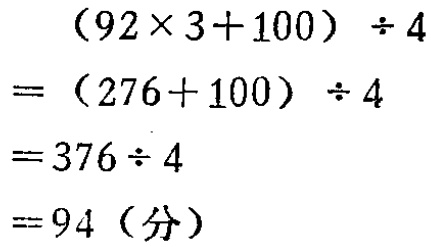
\[
\begin{align*}
&(92\times3 + 100)\div4\\
=&(276 + 100)\div4\\
=&376\div4\\
=&94(\text{分})
\end{align*}
\]